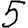
Digit: 5